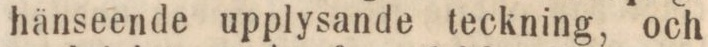
hänseende upplysande teckning, och